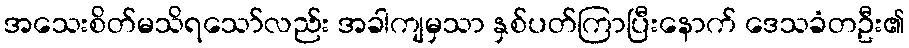
အသေးစိတ်မသိရသော်လည်း အခါကျမှသာ နှစ်ပတ်ကြာပြီးနောက် ဒေသခံတဦး၏